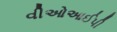
વીઓઆઈપી